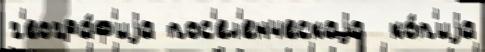
г'еогра́ф'иjа пос'ел'енческаjа  ко́п'иjа